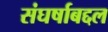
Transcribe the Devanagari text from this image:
संघर्षाबद्दल